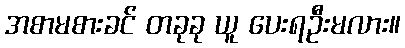
အစာမစားခင် တခုခု ယူ ပေးရဦးမလား။